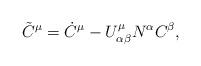
LaTeX: \begin{align*}\tilde{C}^{\mu} = \dot{C}^{\mu} - U^{\mu}_{\alpha\beta} N^{\alpha} C^{\beta},\end{align*}